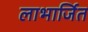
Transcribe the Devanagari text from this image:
लाभार्जित